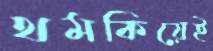
থমকিয়েই